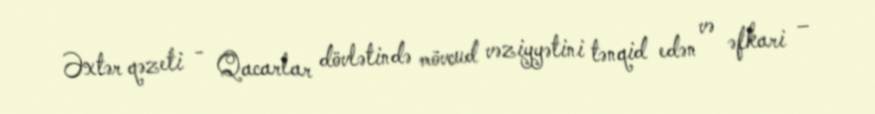
Əxtər qəzeti - Qacarlar dövlətində mövcud vəziyyətini tənqid edən və əfkari –